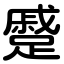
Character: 蹙